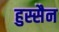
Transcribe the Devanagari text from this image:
हुस्सैन